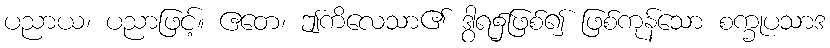
ပညာယ၊ ပညာဖြင့်။ ဧတေ၊ ဤကိလေသာ၏ ဒွါရ၌ဖြစ်၍ ဖြစ်ကုန်သော စက္ခုပသာဒ